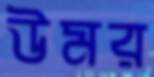
উমর